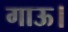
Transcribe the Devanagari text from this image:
गाऊ।